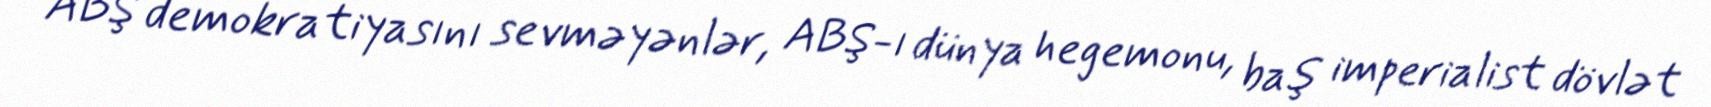
ABŞ demokratiyasını sevməyənlər, ABŞ-ı dünya hegemonu, baş imperialist dövlət